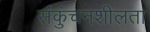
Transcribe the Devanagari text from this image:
संकुंचनशीलता